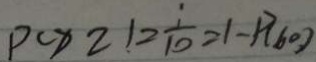
p ( x 2 ) 2 \frac { 1 } { 1 0 } = 1 - p ( 6 0 )